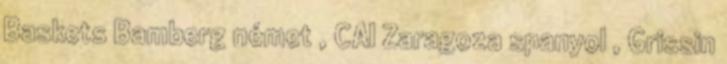
Baskets Bamberg német , CAI Zaragoza spanyol , Grissin